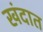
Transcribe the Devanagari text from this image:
खंदात